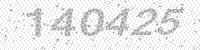
Solution: 140425